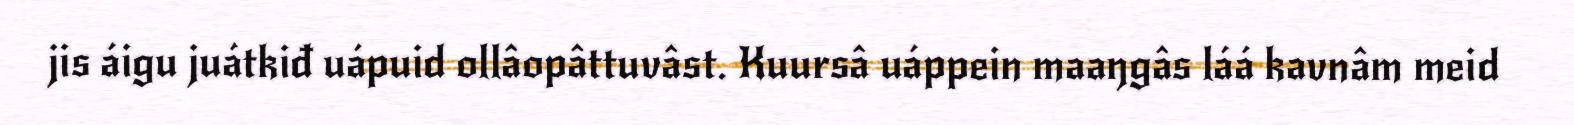
jis áigu juátkiđ uápuid ollâopâttuvâst. Kuursâ uáppein maaŋgâs láá kavnâm meid